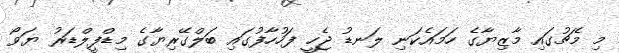
މި މެޗުގައި މާޒިޔާގެ ހަމައެކަނި ލަނޑު ޖެހީ ފަހުހާފުގައި ބަލްގޭރިޔާގެ މިޑްފީލްޑަރު ޔަވޯ